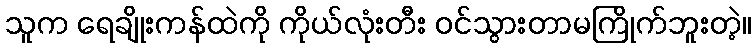
သူက ရေချိုးကန်ထဲကို ကိုယ်လုံးတီး ဝင်သွားတာမကြိုက်ဘူးတဲ့။